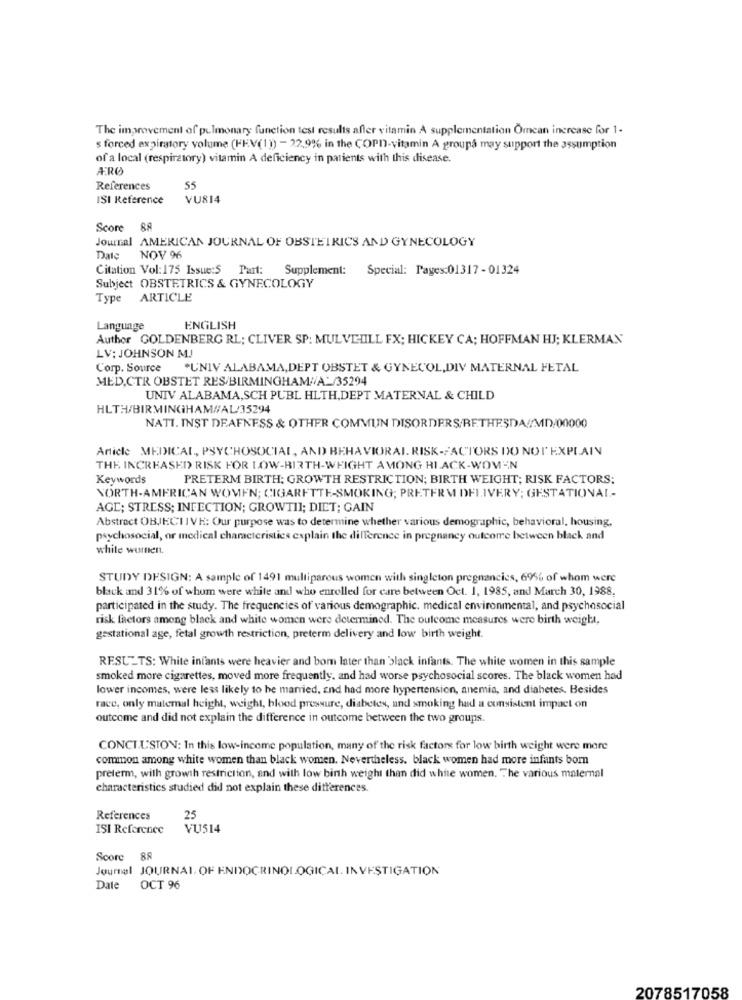
The improvement of pulmonary function test results affer vitamin A supplementation Ömcan increase for 1-
s forced expiratory volume (HEV(1)) - 22.9% in the COPI-vitamin A groupa may support the assumption
of a local (respiratory) vitamin A deficiency in patients with this disease.
ÆRØ
References
55
ISI Reference
VU814
Score 88
Journal AMERICAN JOURNAL OF OBSTETRICS AND GYNECOLOGY
Date
NOV 96
Citation Vol: 175 Issue:5 Part: Supplement: Special: Pages:01317- 01324
Subject OBSTETRICS & GYNECOLOGY
Type ARTICLE
Language
ENGLISH
Author GOLDENBERG RL; CLIVER SP: MULVE-LILL FX; HICKEY CA; HOFFMAN HJ; KLERMAN
LV: JOHNSON MJ
Corp. Source
*UNIV ALABAMA, DEPT OBSTET & GYNECOL, DIV MATERNAL FETAL
MED,CTR OBSTET RES/BIRMINGHAM//A/35294
UNIV ALABAMA,SCH PUBL HLTH, DEPT MATERNAL & CHILD
HLTH/BIRMINGHAMWAL/35294
NATT. INST DEAFNESS & OTHER COMMUN DISORDERS/BETHESDA//MD/00000
Article MEDICAL, PSYCHOSOCIAL, AND BEHAVIORAL. RISK-FACTORS DO NOT EXPLAIN
THE INCREASED RISK FOR LOW-BIRTH-WEIGHT AMONG BLACK-WOMEN
Keywords
PRETERM BIRTH; GROWTH RESTRICTION; BIRTH WEIGHT; RISK FACTORS;
NORTH-AMERICAN WOMEN; CIGARETTE-SMOKING; PRETERM DELIVERY; GESTATIONAL-
AGE; STRESS; INFECTION; GROWTHI; DIET; GAIN
Abstract OBJECTIVE: Our purpose was to determine whether various demographic, behavioral, housing,
psychosocial, or medical characteristics explain the difference in pregnancy outcome between black and
while wurnen.
STUDY DESIGN: A sample of 1491 multiparous women with singleton pregnancies, 6956 of whom were
black and 31% of whom were white and who enrolled for care between Oct. 1, 1985, and March 30, 1988.
participated in the study. The frequencies of various demographic. medical environmental, and psychosocial
risk factors among black and white women were determined. The outcome measures were birth weight,
gestational age, fetal growth restriction, preterm delivery and low birth weight.
RESULTS: White infants were heavier and bom later than black infants. The white women in this sample
smoked more cigarettes, moved more frequently. and had worse psychosocial scores. The black women had
lower incomes, were less likely to he married, and had more hypertension, anemia, and diabetes. Besides
race, only maternal height, weight, blood pressure, diabetes, and smoking had a consistent impact on
outcome and did not explain the difference in outcome between the two groups.
CONCLU'STON: In this low-income population, many of the risk factors for low birth weight were more
common among white women than black women. Nevertheless. black women had more infants bom
preterm, with growth restriction, and with low birth weight than did white women, The various maternal
characteristics studied did not explain these differences.
References
25
ISI Reference
VUS14
Score 88
Journal JOURNAL OF ENDOCRINOLOGICAI. INVESTIGATION
Date OCT 96
2078517058